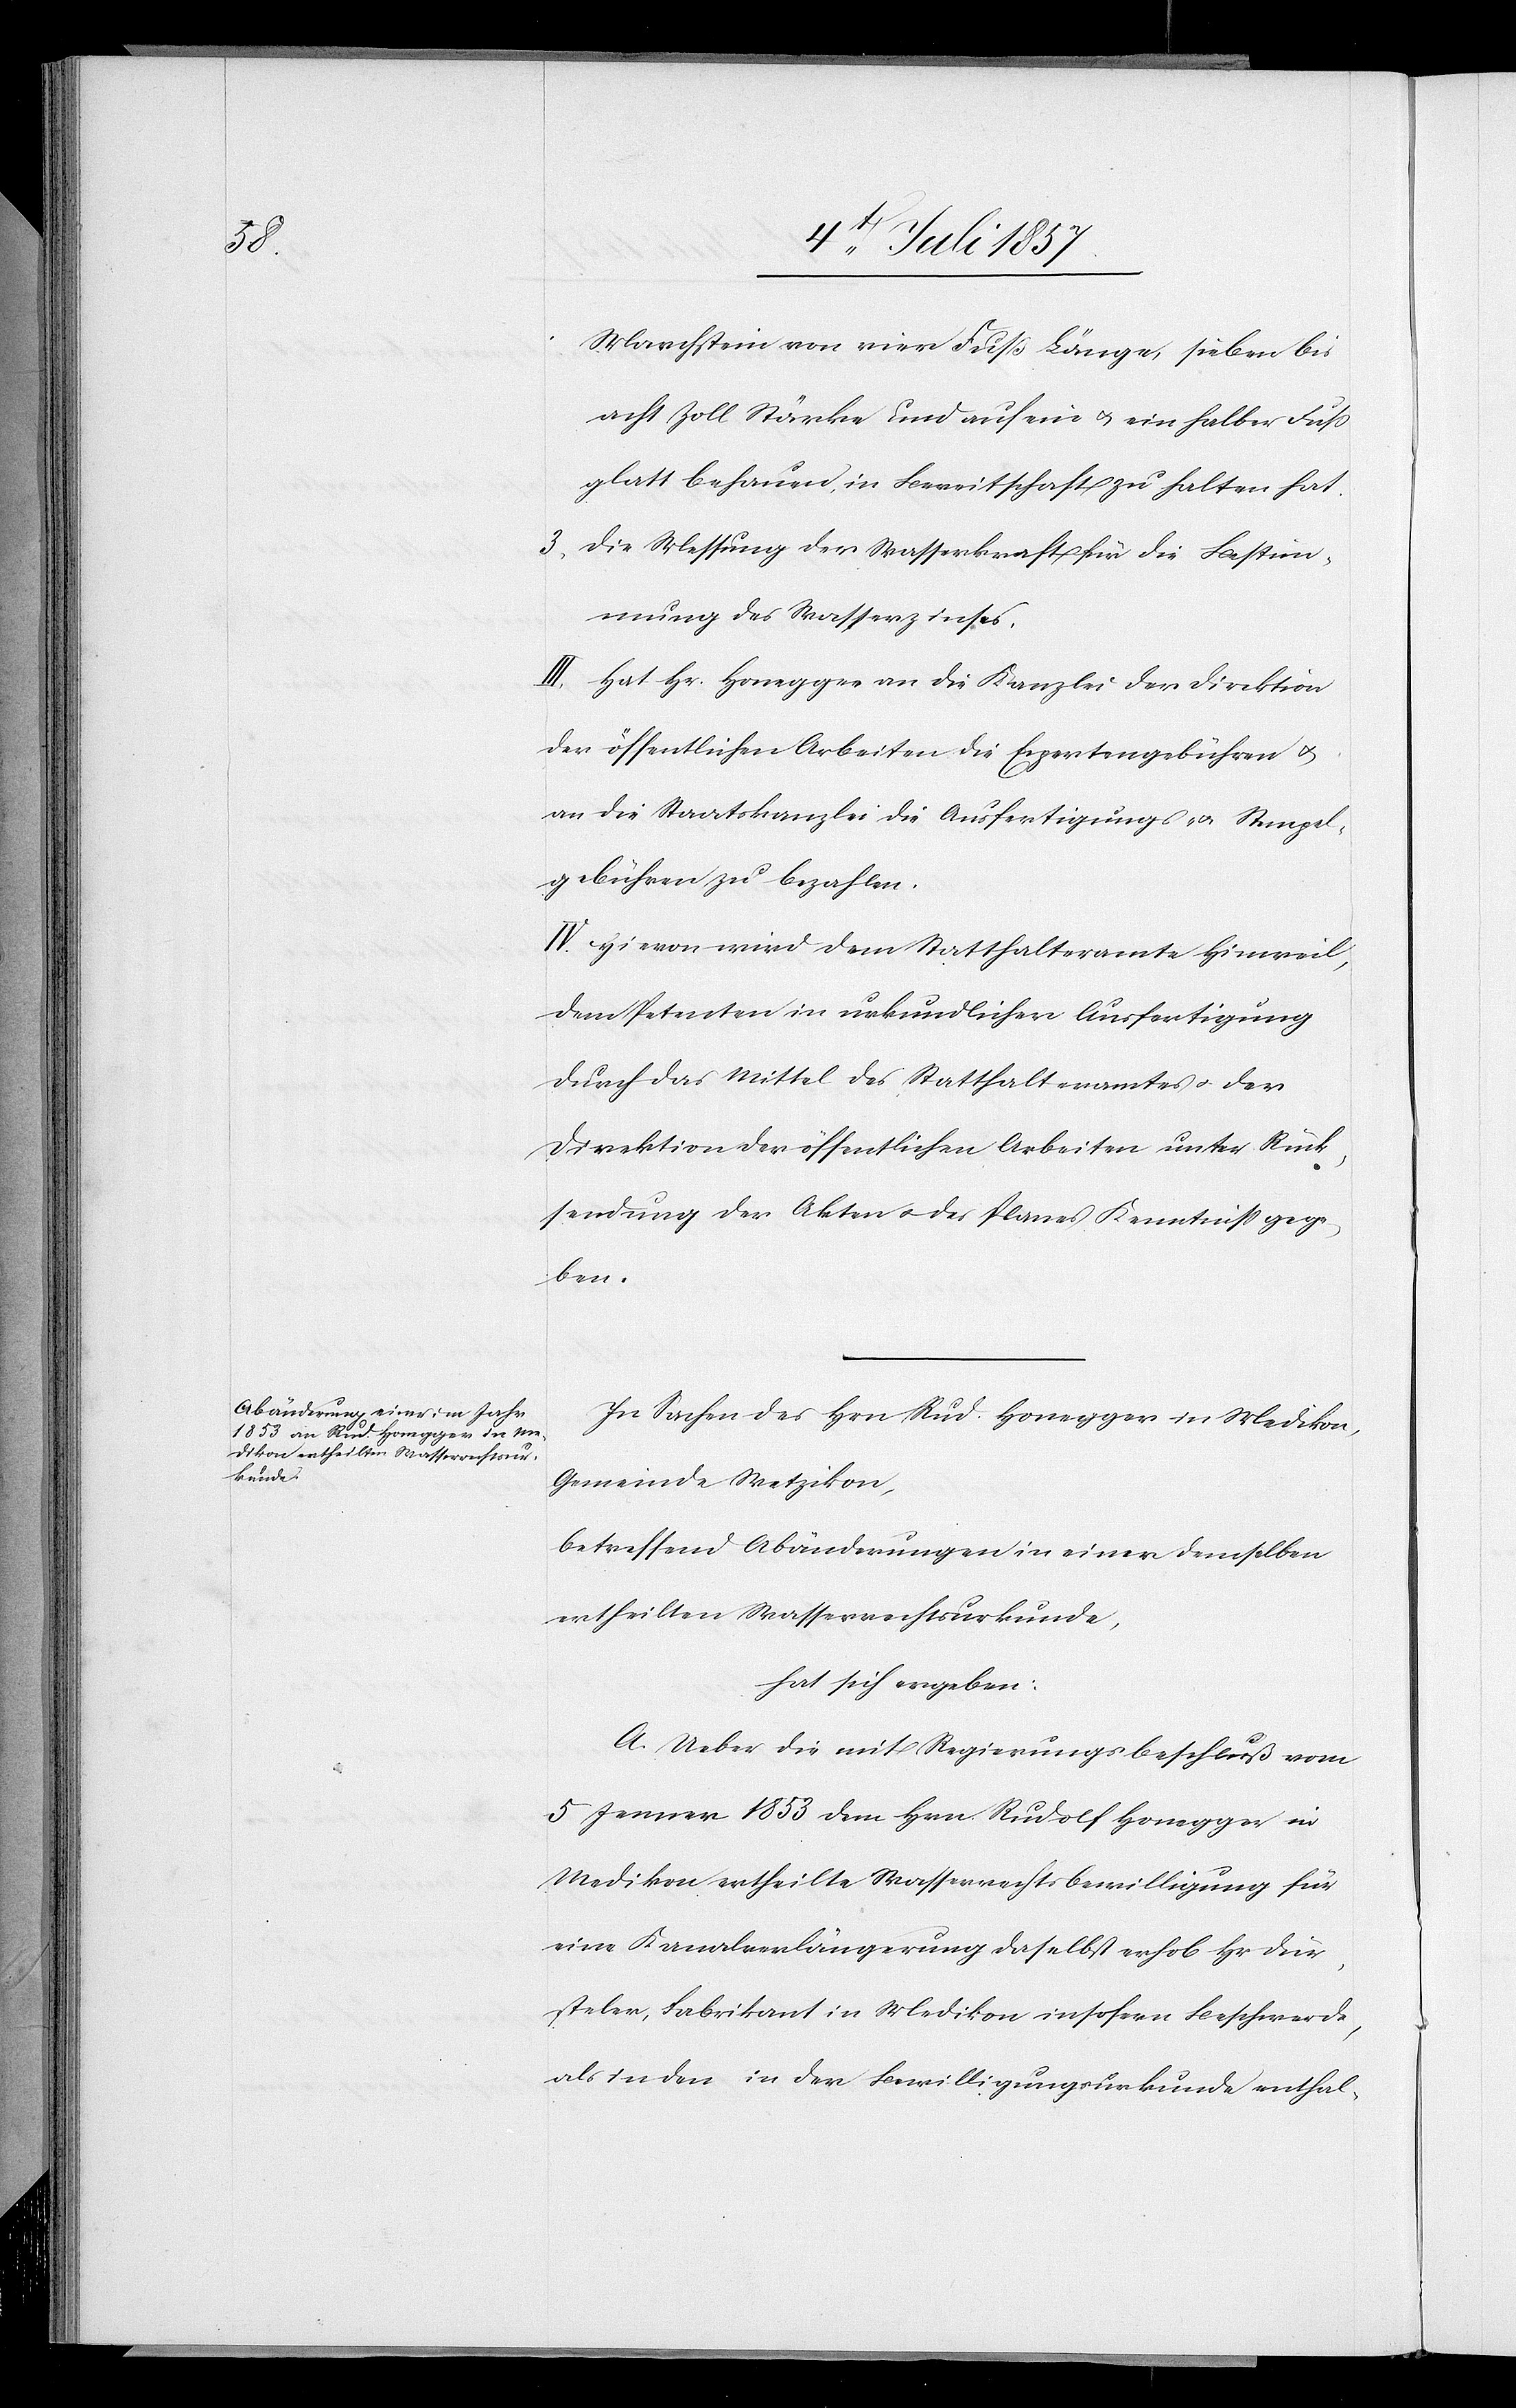
Marchstein von vier Fuß Länge, sieben bis
acht Zoll Stärke und auf ein & ein halber Fuß
glatt behauen, in Bereitschaft zu halten hat.
3. Die Messung der Wasserkraft für die Bestim¬
mung des Wasserzinses.
III. Hat Hr. Honegger an die Kanzlei der Direktion
der öffentlichen Arbeiten die Expertengebühren &
an die Staatskanzlei die Ausfertigungs- & Stempel¬
gebühren zu bezahlen.
IV. Hievon wird dem Statthalteramte Hinweil,
dem Petenten in urkundlicher Ausfertigung
durch das Mittel des Statthalteramtes & der
Direktion der öffentlichen Arbeiten unter Rück¬
sendung der Akten & des Planes Kenntniß gege¬
ben.
In Sachen des Hrn. Rud. Honegger in Medikon,
Gemeinde Wetzikon,
betreffend Abänderung in einer demselben
ertheilten Wasserrechtsurkunde,
hat sich ergeben:
A. Ueber die mit Regierungsbeschluß vom
5 Jenner 1853 dem Hrn. Rudolf Honegger in
Medikon ertheilte Wasserrechtsbewilligung für
eine Kanalverlängerung daselbst erhob Hr. Dür¬
steler, Fabrikant in Medikon insofern Beschwerde,
als in den in der Bewilligungsurkunde enthal-